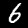
Label: 6